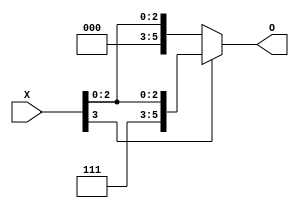
module Extension_1210708 #(parameter n =4) ( input signed [n-1:0] X ,
									output reg signed [n+1:0] O);
									
	//A module that extend the number by 2 bits 								
											
	always @(*) begin 
		if(X[n-1]==0)	//extend the numbers with 2 zeros if the number is positive
			O = { 2'b00, X };	
										
		else 			//extend the numbers with 2 ones if the number is negative
			O = { 2'b11, X };							
						
	end 
endmodule